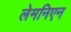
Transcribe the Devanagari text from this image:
लेमनिएन